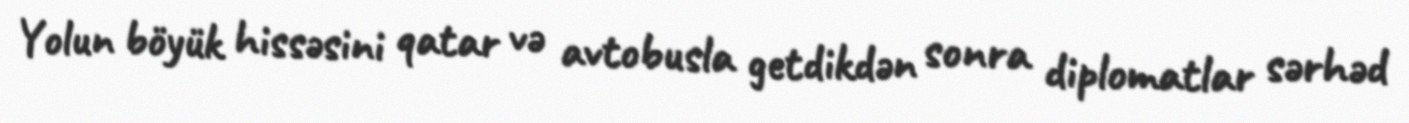
Yolun böyük hissəsini qatar və avtobusla getdikdən sonra diplomatlar sərhəd